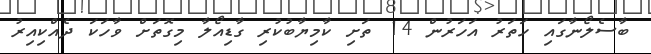
ބާސެލޯނާގައި ހަތަރު އަހަރުން 14 ތަށި ކާމިޔާބުކުރި ގާޑިއޯލާ މިގޮތަށް ވާހަކަ ދެއްކިއިރު